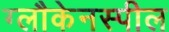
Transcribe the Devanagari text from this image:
ग्लौकेनस्पील